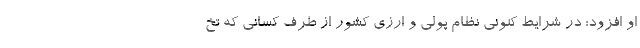
او افزود: در شرایط کنونی نظام پولی و ارزی کشور از طرف کسانی که تخ